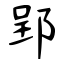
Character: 郢